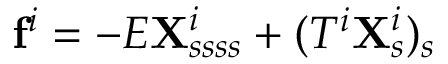
\mathbf { f } ^ { i } = - E \mathbf { X } _ { s s s s } ^ { i } + ( T ^ { i } \mathbf { X } _ { s } ^ { i } ) _ { s }